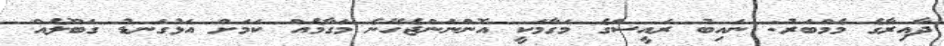
ދާއިރާގެ މެމްބަރު: ނައިބު ރައީސްގެ މަގާމަކީ އޮންނަންޖެހޭނެ މަގާމެއް ކަމަށް އަޅުގަނޑު ގަބޫލެއް